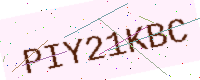
Text: PIY21KBC